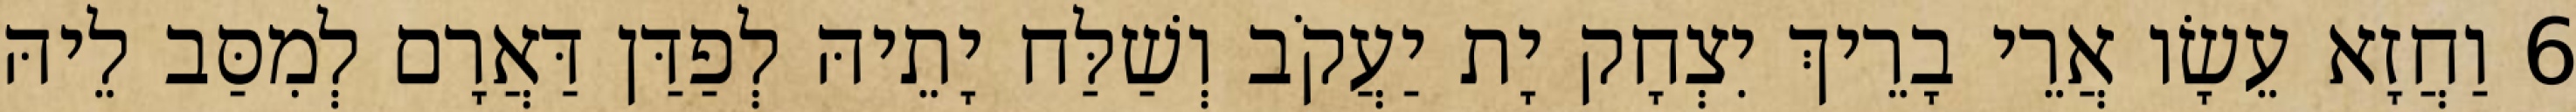
6 וַחֲזָא עֵשָׂו אֲרֵי בָרֵיךְ יִצְחָק יָת יַעֲקֹב וְשַׁלַּח יָתֵיהּ לְפַדַּן דַּאֲרָם לְמִסַּב לֵיהּ